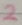
Text: 2